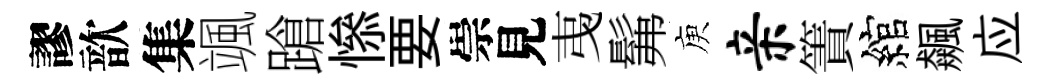
謬歆集颯蹌𢡖要崇見𢎯髴庾亲簀綰飆应